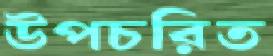
উপচরিত